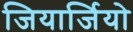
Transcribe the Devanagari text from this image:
जियार्जियो